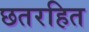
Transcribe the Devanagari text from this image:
छतरहित